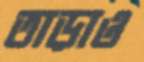
তাড়াও